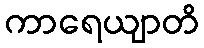
ကာရေယျာတိ